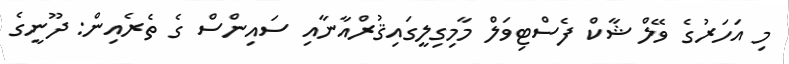
މި އަހަރުގެ ވޭލް ޝާކް ފެސްޓިވަލް މާމިގިލީގައިޤުރްއާނާއި ސައިންސް ގެ ތެރެއިން: ދޫނީގެ